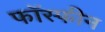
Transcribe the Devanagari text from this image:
फॉस्फीन